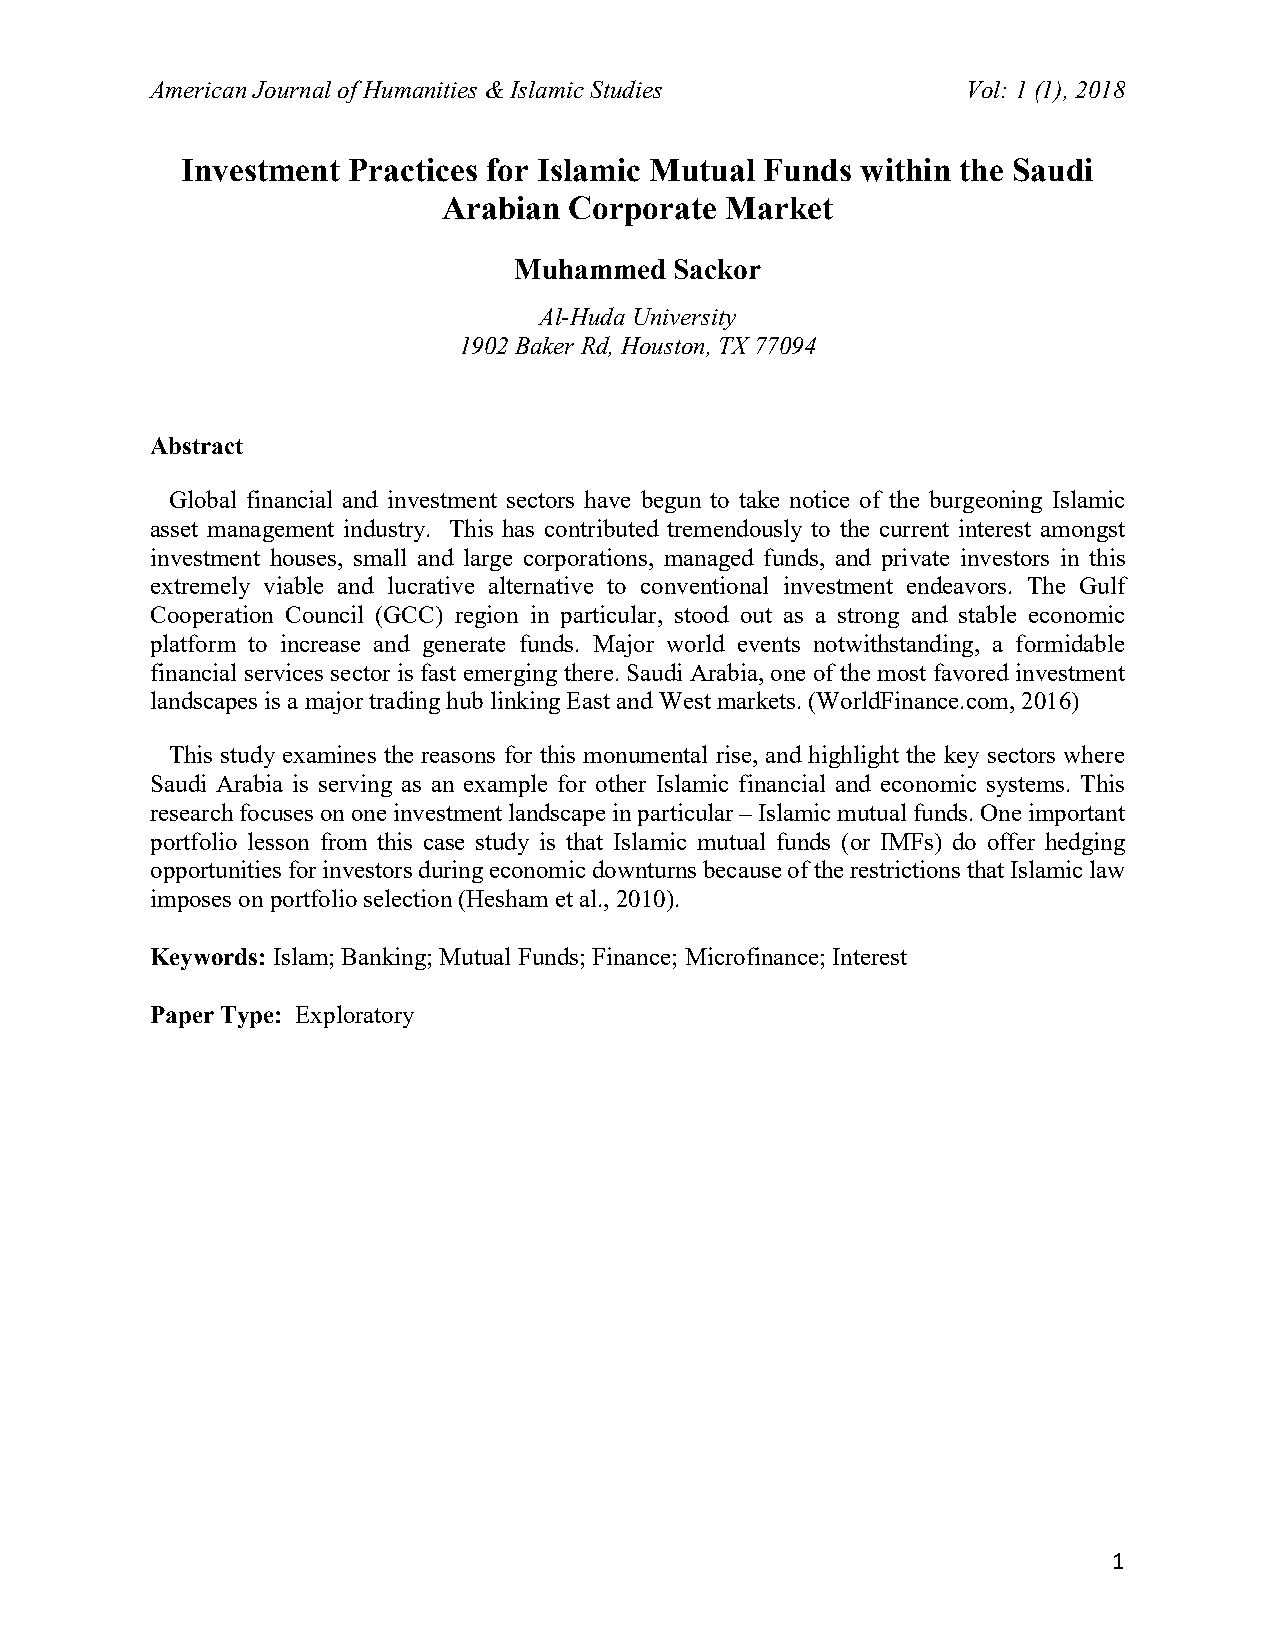
American Journal of Humanities & Islamic Studies      Vol: 1 (1), 2018
 Investment Practices for Islamic Mutual Funds within the Saudi
 Arabian  Corporate Market
 Muhammed   Sackor
 Al-Huda University
 1902 Baker Rd, Houston, TX 77094
 Abstract
 Global financial and investment sectors have begun to take notice of the burgeoning Islamic
 asset management industry. This has contributed tremendously to the current interest amongst
 investment houses, small and large corporations, managed funds, and private investors in this
 extremely viable and lucrative alternative to conventional investment endeavors. The Gulf
 Cooperation Council (GCC) region in particular, stood out as a strong and stable economic
 platform to increase and generate funds. Major world events notwithstanding, a formidable
 financial services sector is fast emerging there. Saudi Arabia, one of the most favored investment
 landscapes is a major trading hub linking East and West markets. (WorldFinance.com, 2016)
 This study examines the reasons for this monumental rise, and highlight the key sectors where
 Saudi Arabia is serving as an example for other Islamic financial and economic systems. This
 research focuses on one investment landscape in particular – Islamic mutual funds. One important
 portfolio lesson from this case study is that Islamic mutual funds (or IMFs) do offer hedging
 opportunities for investors during economic downturns because of the restrictions that Islamic law
 imposes on portfolio selection (Hesham et al., 2010).
 Keywords: Islam; Banking; Mutual Funds; Finance; Microfinance; Interest
 Paper Type: Exploratory
 1